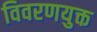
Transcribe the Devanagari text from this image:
विवरणयुक्त